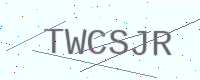
Text: TWCSJR